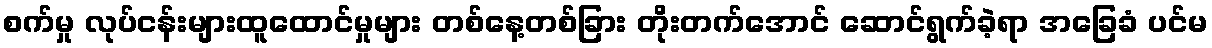
စက်မှု လုပ်ငန်းများထူထောင်မှုများ တစ်နေ့တစ်ခြား တိုးတက်အောင် ဆောင်ရွက်ခဲ့ရာ အခြေခံ ပင်မ